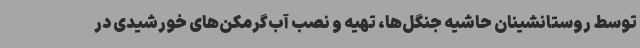
توسط روستانشینان حاشیه جنگل‌ها، تهیه و نصب آب‌گرمکن‌های خورشیدی در